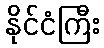
နိုင်ငံကြီး